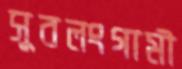
সুবলংগামী